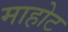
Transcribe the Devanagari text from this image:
माहोट